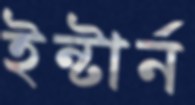
ইন্টার্ন